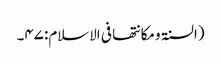
(السنۃ ومکانتھا فی الاسلام:۴۷۔